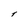
Character: t